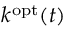
k ^ { \mathrm { o p t } } ( t )